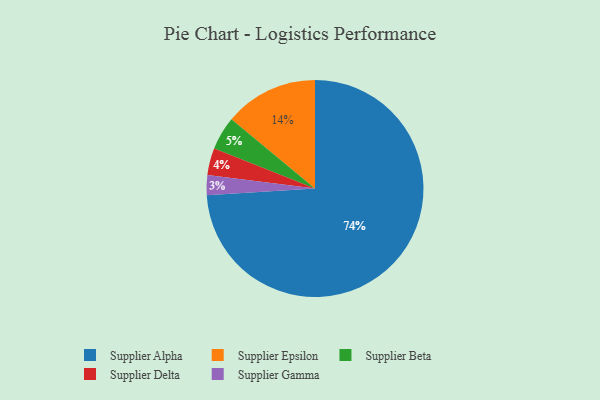
{"axis": {"x": "Category", "y": "Percentage"}, "legend": ["Supplier Alpha", "Supplier Beta", "Supplier Delta", "Supplier Epsilon", "Supplier Gamma"], "data": [{"x": "Supplier Epsilon", "y": 14, "type": "Supplier Epsilon"}, {"x": "Supplier Delta", "y": 4, "type": "Supplier Delta"}, {"x": "Supplier Alpha", "y": 74, "type": "Supplier Alpha"}, {"x": "Supplier Beta", "y": 5, "type": "Supplier Beta"}, {"x": "Supplier Gamma", "y": 3, "type": "Supplier Gamma"}]}